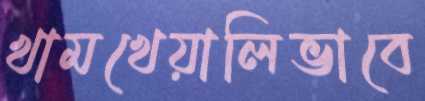
খামখেয়ালিভাবে